Civil Veterinary Dept. Bombay admin report 1932-41 - 1932-1941
Year: 1932
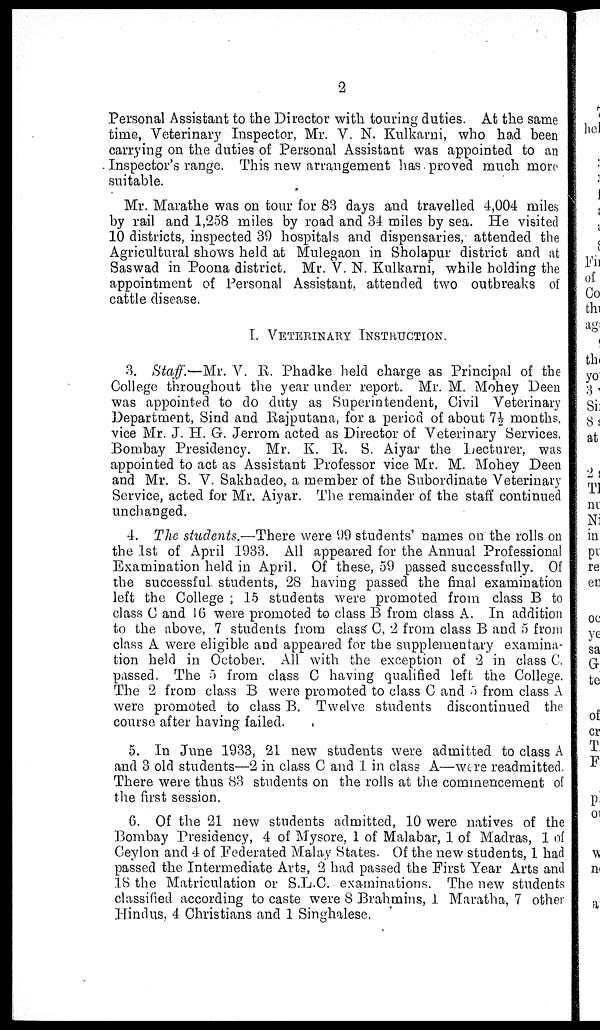
2
Personal Assistant to the Director with touring duties. At the same
time, Veterinary Inspector, Mr. V. N. Kulkarni, who had been
carrying on the duties of Personal Assistant was appointed to an
Inspector's range. This new arrangement has proved much more
suitable.
Mr. Marathe was on tour for 83 days and travelled 4,004 miles
by rail and 1,258 miles by road and 34 miles by sea. He visited
10 districts, inspected 39 hospitals and dispensaries, attended the
Agricultural shows held at Mulegaon in Sholapur district and at
Saswad in Poona district. Mr. V. N. Kulkarni, while holding the
appointment of Personal Assistant, attended two outbreaks of
cattle disease.
I. VETERINARY INSTRUCTION.
3. Staff.—Mr. V. R. Phadke held charge as Principal of the
College throughout the year under report. Mr. M. Mohey Deen
was appointed to do duty as Superintendent, Civil Veterinary
Department, Sind and Rajputana, for a period of about 7½ months,
vice Mr. J. H. G. Jerrom acted as Director of Veterinary Services,
Bombay Presidency. Mr. K. R. S. Aiyar the Lecturer, was
appointed to act as Assistant Professor vice Mr. M. Mohey Deen
and Mr. S. V. Sakhadeo, a member of the Subordinate Veterinary
Service, acted for Mr. Aiyar. The remainder of the staff continued
unchanged.
4. The students.—There were 99 students' names on the rolls on
the 1st of April 1933. All appeared for the Annual Professional
Examination held in April. Of these, 59 passed successfully. Of
the successful students, 28 having passed the final examination
left the College ; 15 students were promoted from class B to
class C and 16 were promoted to class B from class A. In addition
to the above, 7 students from class C, 2 from class B and 5 from
class A were eligible and appeared for the supplementary examina-
tion held in October. All with the exception of 2 in class C
passed. The 5 from class C having qualified left the College.
The 2 from class B were promoted to class C and 5 from class A
were promoted to class B. Twelve students discontinued the
course after having failed.
5. In June 1933, 21 new students were admitted to class A
and 3 old students—2 in class C and 1 in class A—were readmitted.
There were thus 83 students on the rolls at the commencement of
the first session.
6. Of the 21 new students admitted, 10 were natives of the
Bombay Presidency, 4 of Mysore, 1 of Malabar, 1 of Madras, 1 of
Ceylon and 4 of Federated Malay States. Of the new students, 1 had
passed the Intermediate Arts, 2 had passed the First Year Arts and
18 the Matriculation or S.L.C. examinations. The new students
classified according to caste were 8 Brahmins, 1 Maratha, 7 other
Hindus, 4 Christians and 1 Singhalese.